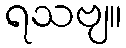
ရသဗျ။